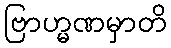
ဗြာဟ္မဏမှာတိ